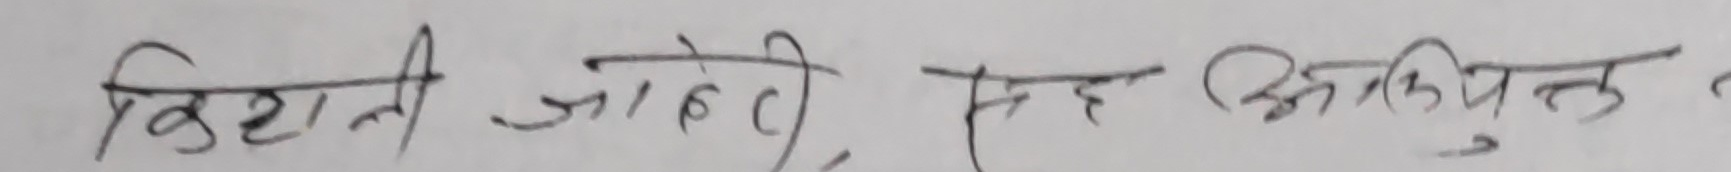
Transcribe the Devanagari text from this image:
बिरानी जाहेही, सह अकिपुत्त